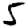
Digit: 5